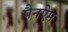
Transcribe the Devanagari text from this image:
पैनऐम